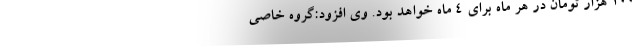
۱۰۰ هزار تومان در هر ماه برای ۴ ماه خواهد بود. وی افزود:گروه خاصی